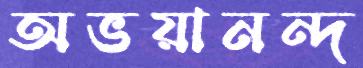
অভয়ানন্দ